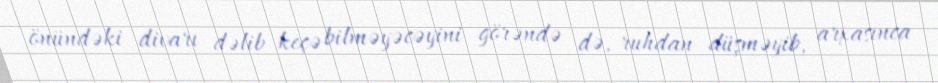
önündəki divarı dəlib keçə bilməyəcəyini görəndə də, ruhdan düşməyib, arxasınca